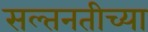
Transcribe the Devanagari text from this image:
सल्तनतीच्या